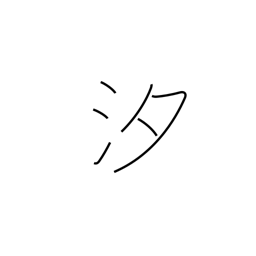
Meaning: salt water